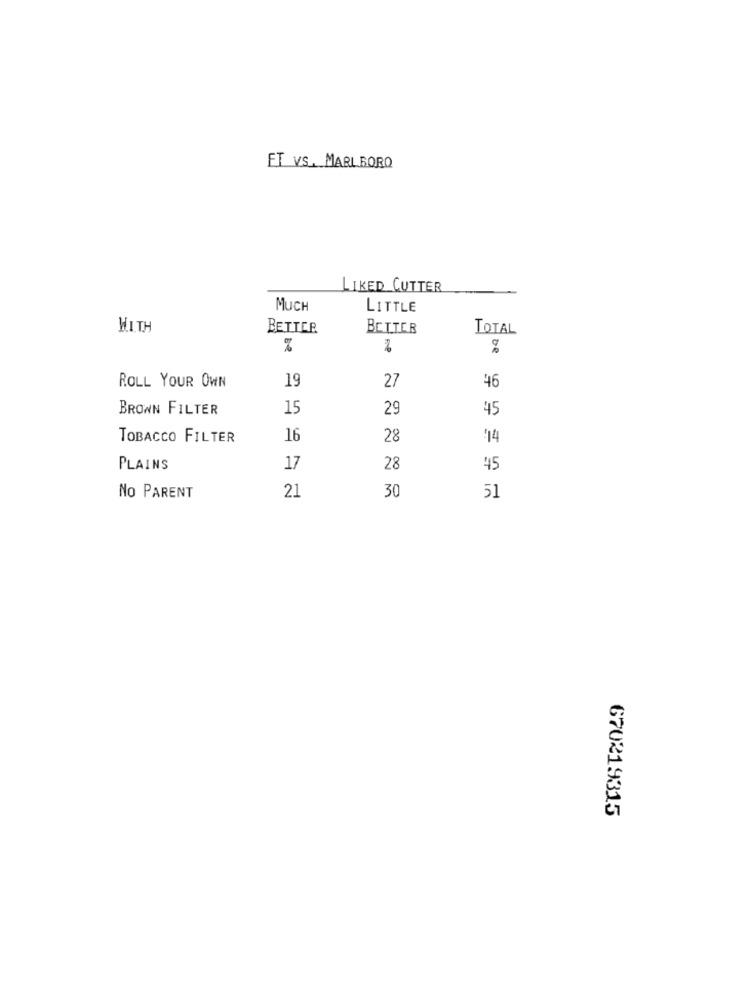
FT VS. MARLBORO
LIKED CUTTER
MUCH
LITTLE
WITH
BETTER
BETTER
TOTAL
%
F-P
19
27
ROLL YOUR OWN
46
BROWN FILTER
15
29
45
TOBACCO FILTER
16
28
414
PLAINS
17
28
45
30
No PARENT
21
51
670219315